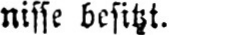
nisse besitzt.